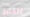
للخارج